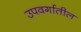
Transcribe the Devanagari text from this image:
उपवर्गातील